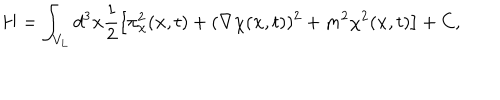
LaTeX: H = \int _ { V _ { L } } d ^ { 3 } { \bf x } \frac { 1 } { 2 } \left[ \pi _ { \chi } ^ { 2 } ( { \bf x } , t ) + ( { \bf \nabla } \chi ( { \bf x } , t ) ) ^ { 2 } + m ^ { 2 } \chi ^ { 2 } ( { \bf x } , t ) \right] + C ,